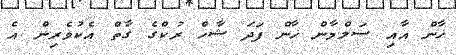
ޚާން އާއި ސަލްމާން ޚާން ފަދަ ޝާހް ރުކްގެ ގާތް އެކުވެރިން އެ